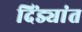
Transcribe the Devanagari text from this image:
दिंड्यांत